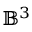
\mathbb { B } ^ { 3 }